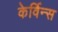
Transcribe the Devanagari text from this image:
केर्विन्स